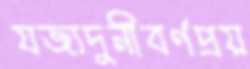
যজ্যদুনীবর্ণপ্রয়